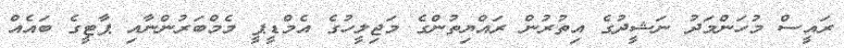
ރައީސް މުހަންމަދު ނަޝީދުގެ އިތުރުން ރައްޔިތުންގެ މަޖިލީހުގެ އެމްޑީޕީ މެމްބަރުންނާއި ޕާޓީގެ ބައެއް